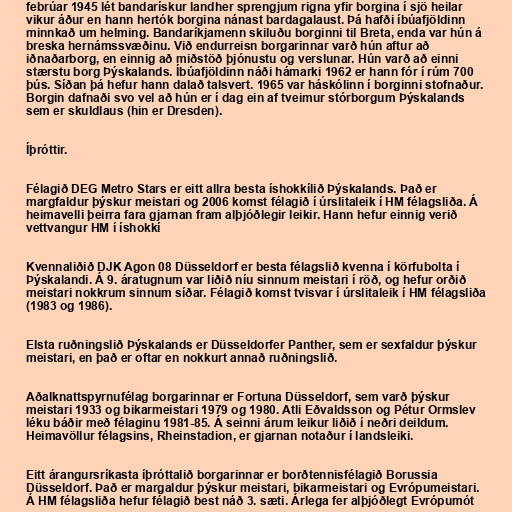
febrúar 1945 lét bandarískur landher sprengjum rigna yfir borgina í sjö heilar
vikur áður en hann hertók borgina nánast bardagalaust. Þá hafði íbúafjöldinn
minnkað um helming. Bandaríkjamenn skiluðu borginni til Breta, enda var hún á
breska hernámssvæðinu. Við endurreisn borgarinnar varð hún aftur að
iðnaðarborg, en einnig að miðstöð þjónustu og verslunar. Hún varð að einni
stærstu borg Þýskalands. Íbúafjöldinn náði hámarki 1962 er hann fór í rúm 700
þús. Síðan þá hefur hann dalað talsvert. 1965 var háskólinn í borginni stofnaður.
Borgin dafnaði svo vel að hún er í dag ein af tveimur stórborgum Þýskalands
sem er skuldlaus (hin er Dresden).

Íþróttir.

Félagið DEG Metro Stars er eitt allra besta íshokkílið Þýskalands. Það er
margfaldur þýskur meistari og 2006 komst félagið í úrslitaleik í HM félagsliða. Á
heimavelli þeirra fara gjarnan fram alþjóðlegir leikir. Hann hefur einnig verið
vettvangur HM í íshokkí

Kvennaliðið DJK Agon 08 Düsseldorf er besta félagslið kvenna í körfubolta í
Þýskalandi. Á 9. áratugnum var liðið níu sinnum meistari í röð, og hefur orðið
meistari nokkrum sinnum síðar. Félagið komst tvisvar í úrslitaleik í HM félagsliða
(1983 og 1986).

Elsta ruðningslið Þýskalands er Düsseldorfer Panther, sem er sexfaldur þýskur
meistari, en það er oftar en nokkurt annað ruðningslið.

Aðalknattspyrnufélag borgarinnar er Fortuna Düsseldorf, sem varð þýskur
meistari 1933 og bikarmeistari 1979 og 1980. Atli Eðvaldsson og Pétur Ormslev
léku báðir með félaginu 1981-85. Á seinni árum leikur liðið í neðri deildum.
Heimavöllur félagsins, Rheinstadion, er gjarnan notaður í landsleiki.

Eitt árangursríkasta íþróttalið borgarinnar er borðtennisfélagið Borussia
Düsseldorf. Það er margaldur þýskur meistari, bikarmeistari og Evrópumeistari.
Á HM félagsliða hefur félagið best náð 3. sæti. Árlega fer alþjóðlegt Evrópumót